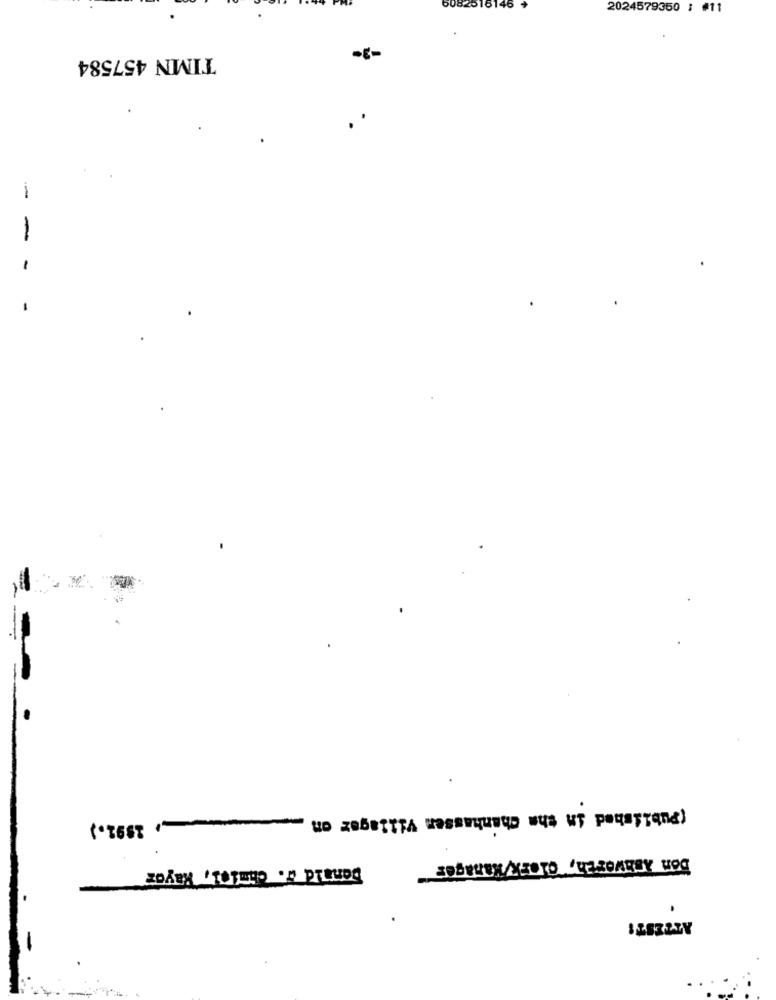
6082516146
2024579350 ; #11
TIMN 457584
-8-
--
(Published in the Chanhassen Villager on